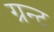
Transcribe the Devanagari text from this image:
ग्रन्ट